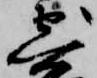
寄